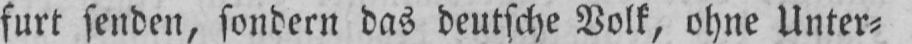
furt senden, sondern das deutsche Volk, ohne Unter⸗